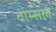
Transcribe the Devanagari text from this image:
वाम्सले